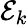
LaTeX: \mathcal{E}_{k}